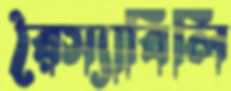
রৈস্যাবিলি